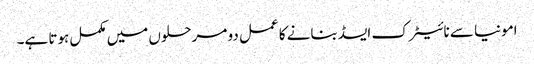
امونیا سے نائیٹرک ایسڈ بنانے کا عمل دو مرحلوں میں مکمل ہوتا ہے۔